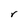
Character: r